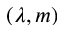
( \lambda , m )